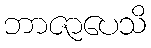
ဘာဇာပေသိ